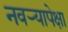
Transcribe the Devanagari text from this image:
नवऱ्यापेक्षा